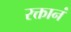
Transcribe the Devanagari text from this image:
रक्तानं